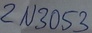
Text: 2N3053